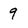
Character: 9